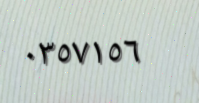
٠٣٥٧١٥٦